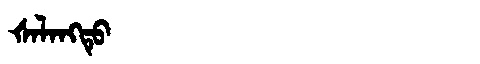
Manchu: ᡧᠠᠯᠠᠩᡨᡠ
Romanization: ŠALANGTU